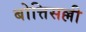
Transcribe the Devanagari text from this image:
बोत्तिसल्ली